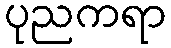
ပုညကရာ